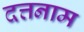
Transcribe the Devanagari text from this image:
दत्तनाम